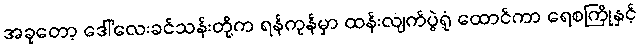
အခုတော့ ဒေါ်လေးခင်သန်းတို့က ရန်ကုန်မှာ ထန်းလျက်ပွဲရုံ ထောင်ကာ ရေစကြိုနှင့်